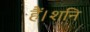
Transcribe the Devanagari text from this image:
हैं।शनि